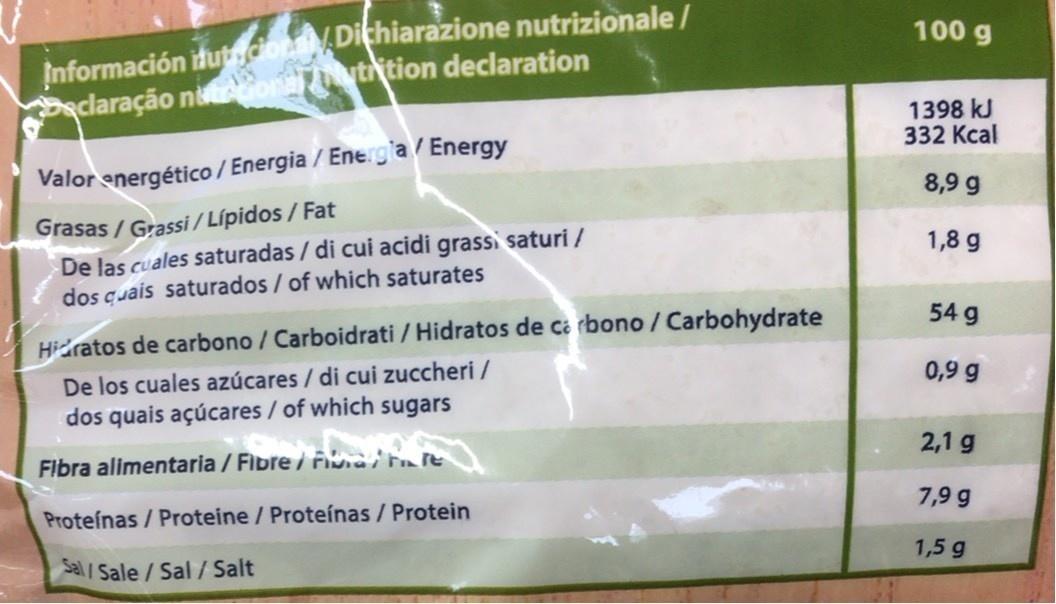
Información itutdorat Dichiarazione nutrizionale / claração n on tition declaration
100 g
1398 kJ 332 Кcal
Valor energético / Energia / Energla / Energy
8,9 g
Grasas / Grassi / Lípidos / Fat De las cuales saturadas / di cui acidi grassi saturi / dos guais saturados / of which saturates
1,8 g
54 g
Hidratos de carbono / Carboidrati / Hidratos de ca rbono / Carbohydrate De los cuales azúcares / di cui zuccheri / dos quais açúcares / of which sugars
0,9 g
Flbra alimentaria / Fibre / Fina/ Fnre
2,1 g
Proteínas / Proteine / Proteínas / Protein
7,9 g
Sal / Sale/ Sal / Salt
1,5 g